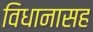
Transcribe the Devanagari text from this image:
विधानासह